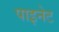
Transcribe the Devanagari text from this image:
पाइनेट